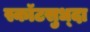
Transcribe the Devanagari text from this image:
स्कॉटसुध्दा